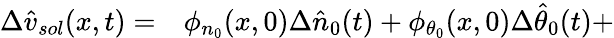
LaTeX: \begin{array}{rl}{\Delta\hat{v}_{sol}(x,t)=}&{{}\phi_{n_{0}}(x,0)\Delta\hat{n}_{0}(t)+\phi_{\theta_{0}}(x,0)\Delta\hat{\theta}_{0}(t)+}\end{array}